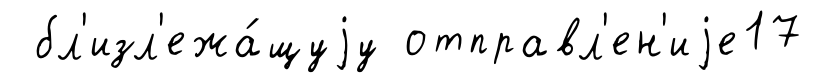
бл'изл'ежа́щуjу отправл'ен'иjе17